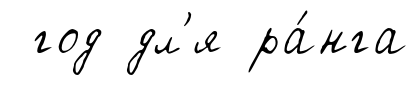
год дл'я ра́нга